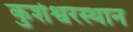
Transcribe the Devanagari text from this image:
कुशेश्वरस्थान